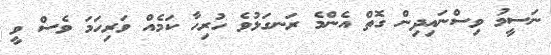
ނަސީމު ވިސްނައިދިން ގޮތް އެންމެ ރަނގަޅުވެ ހުރިހާ ކަމެއް ވަރިހަމަ ވެސް ވީ